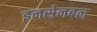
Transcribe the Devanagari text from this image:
इनसेनबल